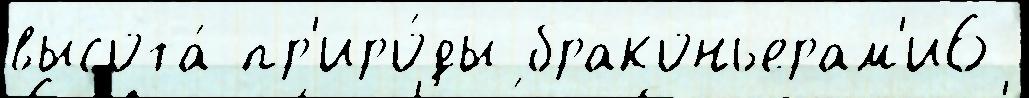
высота́ пр'иро́ды браконьерам'и6